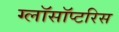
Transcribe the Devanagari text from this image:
ग्लॉसॉप्टरिस